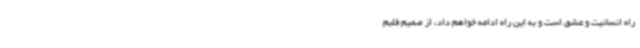
راه انسانیت و عشق است و به این راه ادامه خواهم داد، از صمیم قلبم